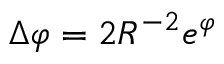
\Delta \varphi = 2 R ^ { - 2 } e ^ { \varphi }